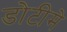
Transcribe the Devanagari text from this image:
डोटीमे